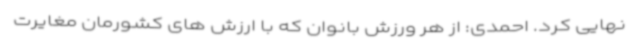
نهایی کرد. احمدی: از هر ورزش بانوان که با ارزش های کشورمان مغایرت